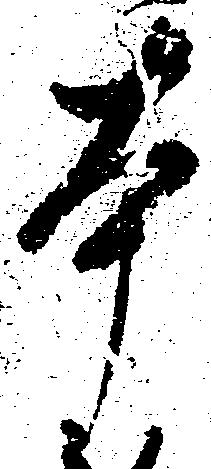
本